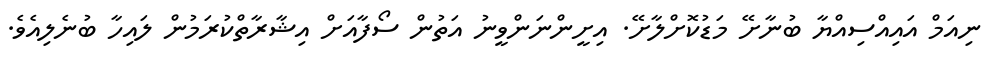
ނިއަމް އައިއްސިއްޔާ ބުނާށޭ މަޑުކޮށްލާށޭ. އިށީންނަންވީނު އަތުން ސޯފާއަށް އިޝާރާތްކުރަމުން ލައިހާ ބުނެލިއެވެ.